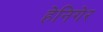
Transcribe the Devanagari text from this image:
हेनिगेर